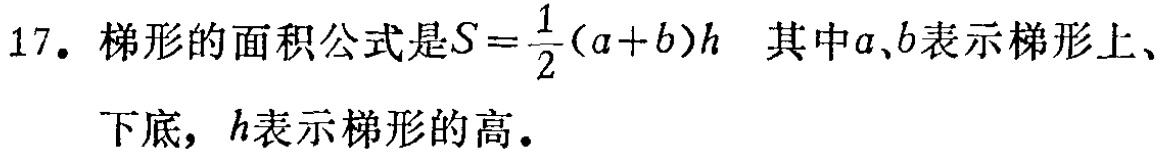
17. 梯形的面积公式是\(S = \frac{1}{2}(a + b)h\) 其中\(a\)、\(b\)表示梯形上、下底，\(h\)表示梯形的高。